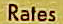
Rates